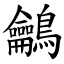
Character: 鸙